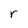
Character: r